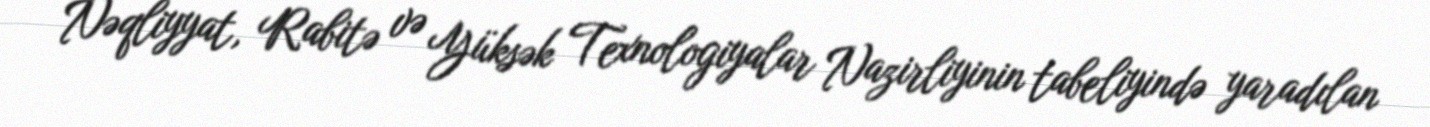
Nəqliyyat, Rabitə və Yüksək Texnologiyalar Nazirliyinin tabeliyində yaradılan